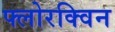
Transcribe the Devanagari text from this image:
फ्लोरक्विन